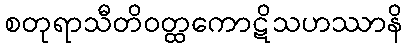
စတုရာသီတိဝတ္ထကောဋိသဟဿာနိ